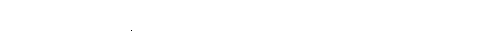
၁၀၀၀၀၀(တစ်သိန်း)အထိ အလုပ်ရှင်ပါ အရေးယူခံရမှာဖြစ် တယ်လို